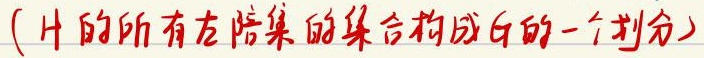
( $H$ 的所有左陪集的集合构成 $G$ 的一个划分)